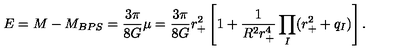
E = M - M _ { B P S } = \frac { 3 \pi } { 8 G } \mu = \frac { 3 \pi } { 8 G } r _ { + } ^ { 2 } \left[ 1 + \frac { 1 } { R ^ { 2 } r _ { + } ^ { 4 } } \prod _ { I } ( r _ { + } ^ { 2 } + q _ { I } ) \right] .